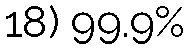
18) 99.9%